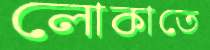
লোকাতে